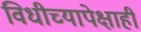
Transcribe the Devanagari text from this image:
विधीच्यापेक्षाही